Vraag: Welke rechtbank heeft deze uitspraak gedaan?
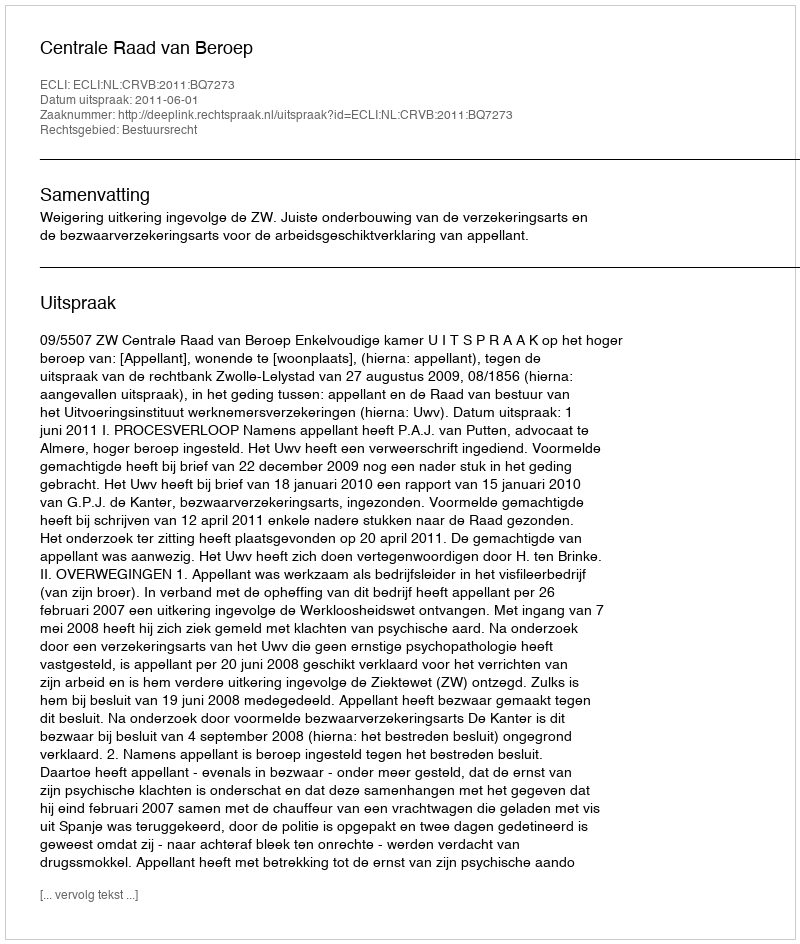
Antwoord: Centrale Raad van Beroep